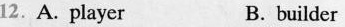
12.A. Player B. builder